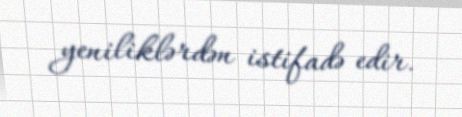
yeniliklərdən istifadə edir.